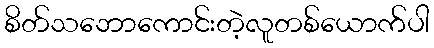
စိတ်သဘောကောင်းတဲ့လူတစ်ယောက်ပါ